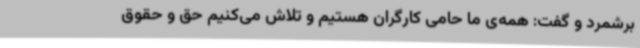
برشمرد و گفت: همه‌ی ما حامی کارگران هستیم و تلاش می‌کنیم حق و حقوق